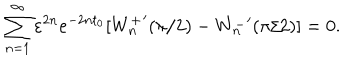
\sum _ { n = 1 } ^ { \infty } \varepsilon ^ { 2 n } e ^ { - 2 n t _ { 0 } } [ { W _ { n } ^ { + } } ^ { \prime } ( \pi / 2 ) - { W _ { n } ^ { - } } ^ { \prime } ( \pi / 2 ) ] = 0 .